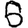
Digit: 8